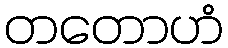
တတောဟံ